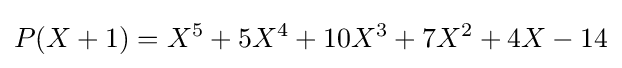
P(X+1)=X^{5}+5X^{4}+10X^{3}+7X^{2}+4X-14